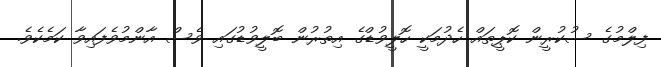
ފިލްމުގެ ސުކުރީން ކޮޕީތައް ހެދުމަކީ ހޮލީވުޑްގެ އިތުރުން ބޮލީވުޑުގައި ވެސް އާންމުވެފައިވާ ކަމެކެވެ.